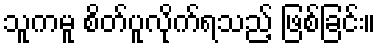
သူကမူ စိတ်ပူလိုက်ရသည့် ဖြစ်ခြင်း။